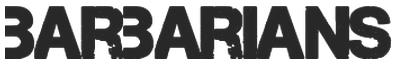
BARBARIANS